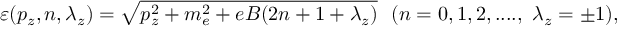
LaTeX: \varepsilon ( p _ { z } , n , \lambda _ { z } ) = \sqrt { p _ { z } ^ { 2 } + m _ { e } ^ { 2 } + e B ( 2 n + 1 + \lambda _ { z } ) } \ \ ( n = 0 , 1 , 2 , . . . . , \ \lambda _ { z } = \pm 1 ) ,